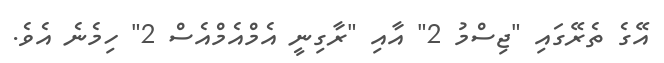
އޭގެ ތެރޭގައި "ޖިސްމު 2" އާއި "ރާގިނީ އެމްއެމްއެސް 2" ހިމެނެ އެވެ.